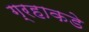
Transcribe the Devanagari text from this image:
ग्रहाकडे